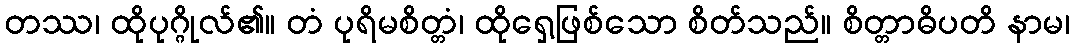
တဿ၊ ထိုပုဂ္ဂိုလ်၏။ တံ ပုရိမစိတ္တံ၊ ထိုရှေ့ဖြစ်သော စိတ်သည်။ စိတ္တာဓိပတိ နာမ၊